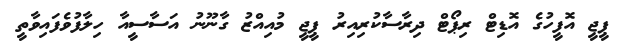
ޕީޖީ އޮފީހުގެ އޮޑިޓް ރިޕޯޓް ދިރާސާކުރިއިރު ޕީޖީ މުއިއްޒު ގާނޫނު އަސާސީއާ ހިލާފުވެފައިވާތީ